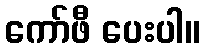
ကော်ဖီ ပေးပါ။